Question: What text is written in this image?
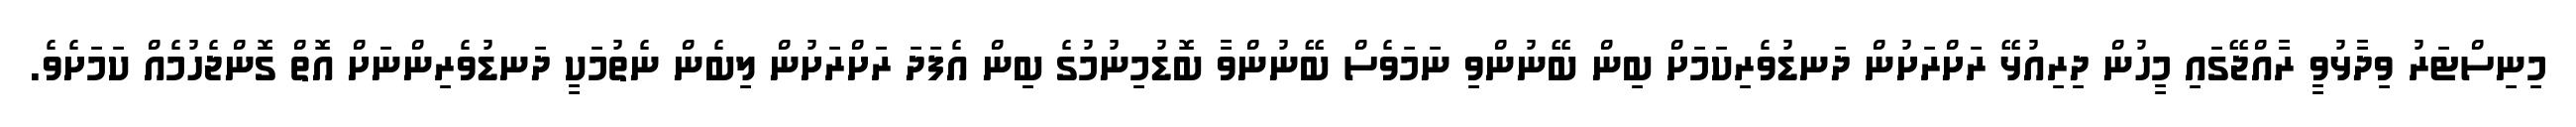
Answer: މިނިސްޓަރު ވިދާޅުވީ ރާއްޖޭގައި މީހުން ދިރިއުޅޭ ރަށްރަށުން ދަނޑުވެރިކަމަށް ބިން ބޭނުންވި ނަމަވެސް ބޭނުންވާ ބޮޑުމިނުމުގެ ބިން އެފަދަ ރަށްރަށުން ލިބެން ނެތުމަކީ ދަނޑުވެރިންނަށް އޮތް ގޮންޖެހުމެއް ކަމަށެވެ.